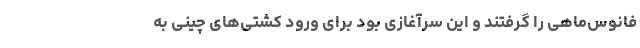
فانوس‌ماهی را گرفتند و این سرآغازی بود برای ورود کشتی‌های چینی به